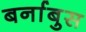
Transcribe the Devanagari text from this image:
बर्नाबुस